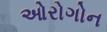
ઓરોગોન